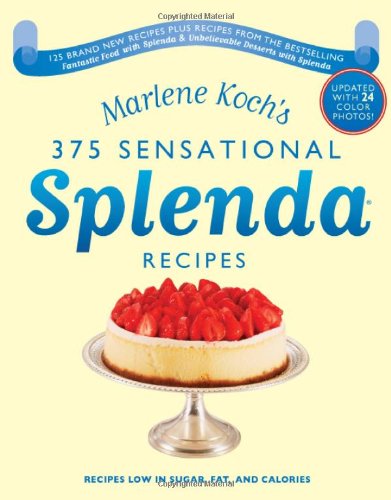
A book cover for Marlene Koch's Sensational Splenda Recipes: Over 375 Recipes Low in Sugar, Fat, and Calories; Marlene Koch; Cookbooks, Food & Wine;